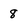
Character: 8